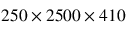
2 5 0 \times 2 5 0 0 \times 4 1 0